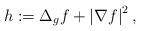
LaTeX: \begin{align*}h:=\Delta_{g}f+\left| \nabla f \right|^{2},\end{align*}